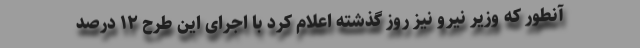
آنطور که وزیر نیرو نیز روز گذشته اعلام کرد با اجرای این طرح ۱۲ درصد